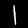
Label: 1